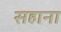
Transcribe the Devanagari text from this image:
सहाना